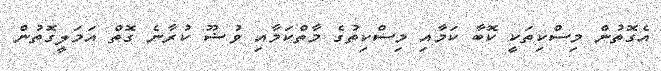
އެގޮތުން މިސްކިތަކީ ކޮބާ ކަމާއި މިސްކިތުގެ މާތްކަމާއި ވުޟޫ ކުރާނެ ގޮތް އަމަލީގޮތުން